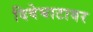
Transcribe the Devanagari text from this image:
दिवेघाटावर